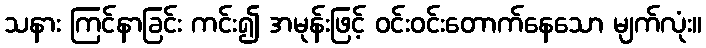
သနား ကြင်နာခြင်း ကင်း၍ အမုန်းဖြင့် ဝင်းဝင်းတောက်နေသော မျက်လုံး။